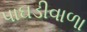
પાઘડીવાળા